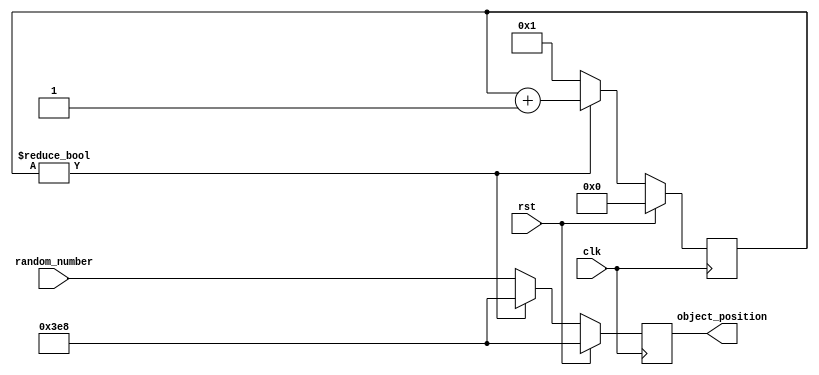
module object
(
	input clk,
	input rst,
	input [10:0] random_number,
	output reg [10:0] object_position
);

parameter UNDEFINED_POSITION = 1000;

reg [24:0] timer = 0;

always @(posedge clk)
begin
	if (rst)
	begin
		timer           <= 0;
		object_position <= UNDEFINED_POSITION;
	end
	else
	begin
		if (timer)
		begin
			timer <= timer + 1;
			object_position <= UNDEFINED_POSITION;
		end
		else
		begin
			timer <= 1;
			object_position <= random_number;
		end
	end
end

endmodule